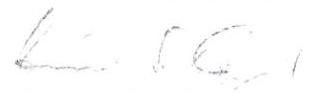
Eino S. Repo